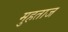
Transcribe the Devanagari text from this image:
मुहताज